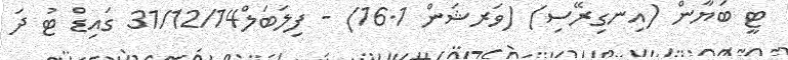
ޓީ ބަޔާން (އިނގިރޭސި) (ވަރޝަން 16.1) - ފިލަބަލް31/12/14 ގައިޑް ޓު ދަ